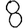
Digit: 8